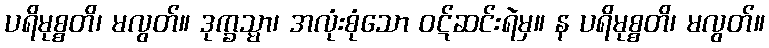
ပရိမုစ္စတိ၊ မလွတ်။ ဒုက္ခသ္မာ၊ အလုံးစုံသော ဝဋ်ဆင်းရဲမှ။ န ပရိမုစ္စတိ၊ မလွတ်။